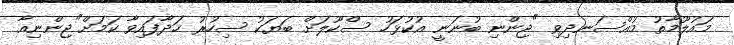
މައުލޫމާތު މުއްސަނދިވި "ޖިންނި ބުނަނީ އުކުޅަހު ސްކޫލަށް ބަޔަކު ސިހުރު ހަދާފައިވާ ކަމަށް"ޖިންނިއާ